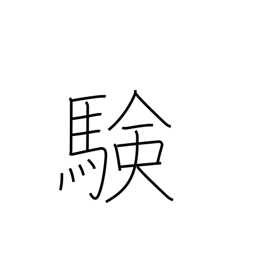
Meaning: verification